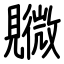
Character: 覹